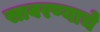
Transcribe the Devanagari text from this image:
सावरण्याचे